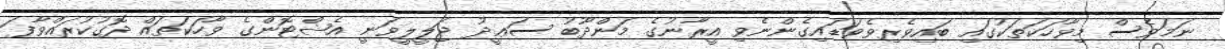
ނަމަވެސް މިވާހަކަތަކުގައި ބައިވެރިވެވަޑައިގެންނެވި އީރާނުގެ މަންދޫބު ސަޢީދު ޖަލީލީވަނީ އެޝްޓޮންގެ ވާހަކަތައް ދޮގުކުރައްވާފަ